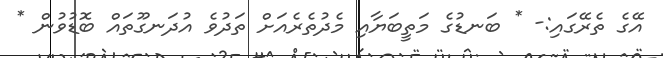
އޭގެ ތެރޭގައި:- * ބަނޑުގެ މަތީބަޔާއި މެދުތެރެއަށް ތަދުވެ އުދަނގޫތައް ބޮޑުވުން *